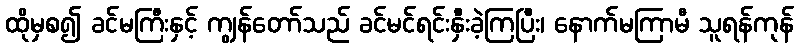
ထိုမှစ၍ ခင်မကြီးနှင့် ကျွန်တော်သည် ခင်မင်ရင်းနှီးခဲ့ကြပြီး၊ နောက်မကြာမီ သူရန်ကုန်